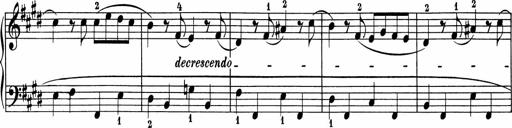
Title: 5 Sonatinen fÃ¼r die Jugend
Composer: Carl Reinecke